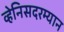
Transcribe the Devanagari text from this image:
व्हेनिसदरम्यान